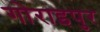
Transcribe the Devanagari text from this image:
गोराइपुर